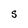
Character: S